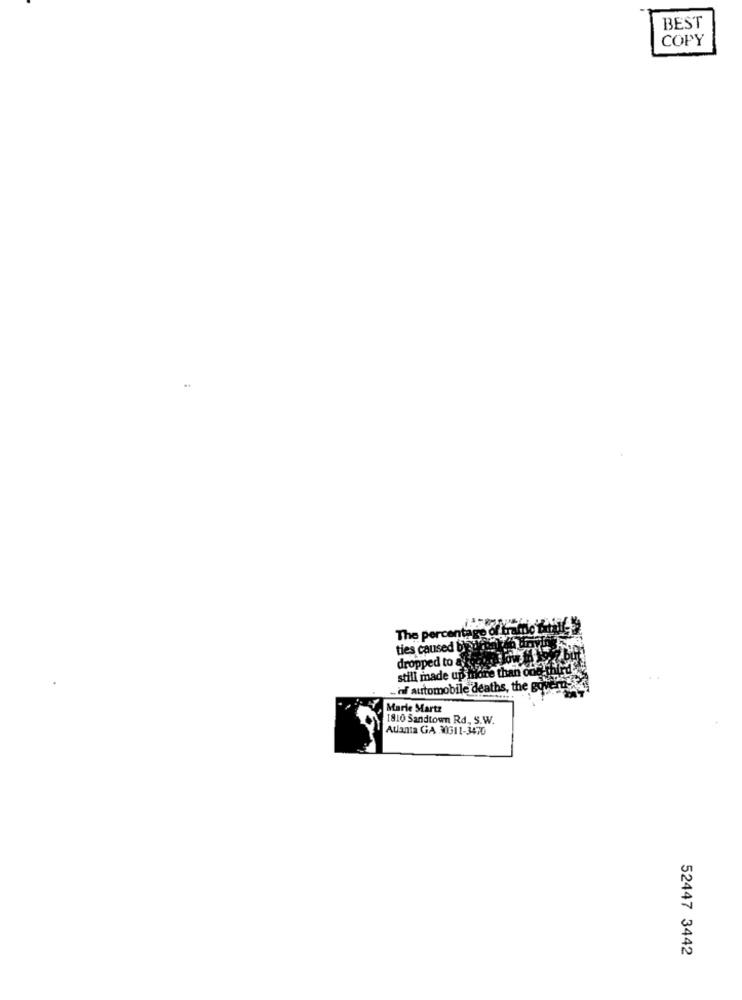
BEST
COPY
The percent
ties caused by
dropped to &
still made up more than one
- hf automobile deaths, the gover
Marie Martz
1810 Sandtown Rd, S.W.
Atlanta GA 30GI1-3470
52447 3442